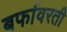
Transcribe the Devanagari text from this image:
बर्फावरती